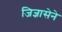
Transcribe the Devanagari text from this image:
जिज्ञासेने